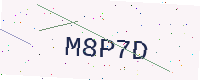
Text: M8P7D